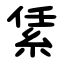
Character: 䋕